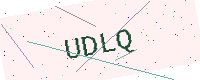
Text: UDLQ